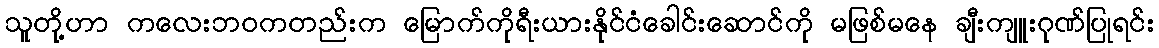
သူတို့ဟာ ကလေးဘဝကတည်းက မြောက်ကိုရီးယားနိုင်ငံခေါင်းဆောင်ကို မဖြစ်မနေ ချီးကျူးဂုဏ်ပြုရင်း